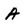
Character: A